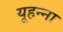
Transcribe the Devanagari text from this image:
यूहन्ना